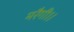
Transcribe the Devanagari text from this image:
मरैगी।।